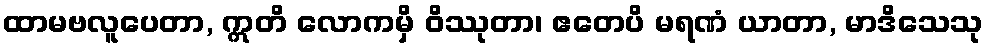
ထာမဗလူပေတာ, ဣတိ လောကမှိ ဝိဿုတာ၊ ဧတေပိ မရဏံ ယာတာ, မာဒိသေသု